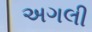
અગલી